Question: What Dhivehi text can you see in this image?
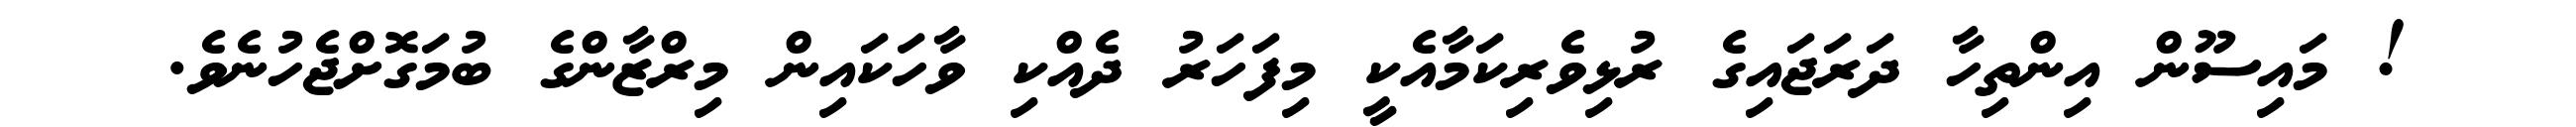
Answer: ! މައިސޫން އިންތިހާ ދަރަޖައިގެ ރުޅިވެރިކަމާއެކީ މިފަހަރު ދެއްކި ވާހަކައިން މިރްޒާންގެ ބުމަގޮށްޖެހުނެވެ.